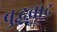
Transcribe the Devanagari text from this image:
बुद्धवाद